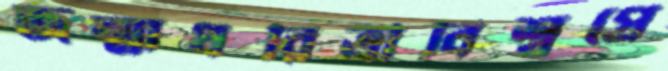
জন্মাধরিত্রীবিশ্বপ্রে